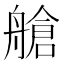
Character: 艙